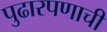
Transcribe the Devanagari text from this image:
पुढारपणाची